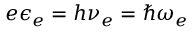
e \epsilon _ { e } = h \nu _ { e } = \hbar \omega _ { e }